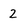
Character: 2